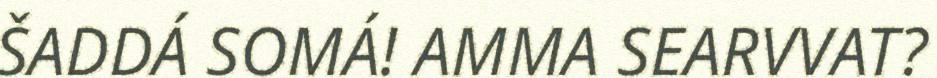
ŠADDÁ SOMÁ! AMMA SEARVVAT?